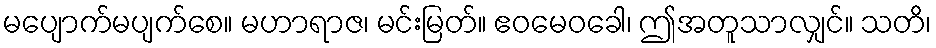
မပျောက်မပျက်စေ။ မဟာရာဇ၊ မင်းမြတ်။ ဧဝမေဝခေါ၊ ဤအတူသာလျှင်။ သတိ၊